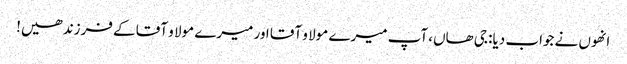
انھوں نے جواب دیا: جی ھاں، آپ میرے مولا و آقا اور میرے مولا و آقا کے فرزند ھیں!